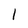
Character: 1